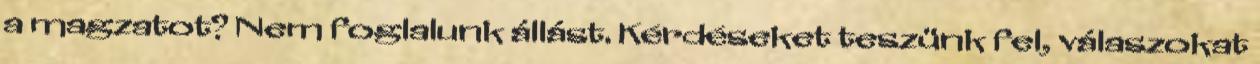
a magzatot? Nem foglalunk állást. Kérdéseket teszünk fel, válaszokat